Morphology and life history of Herpetomonas culicis, Novy, MacNeal and Torrey - Number 57
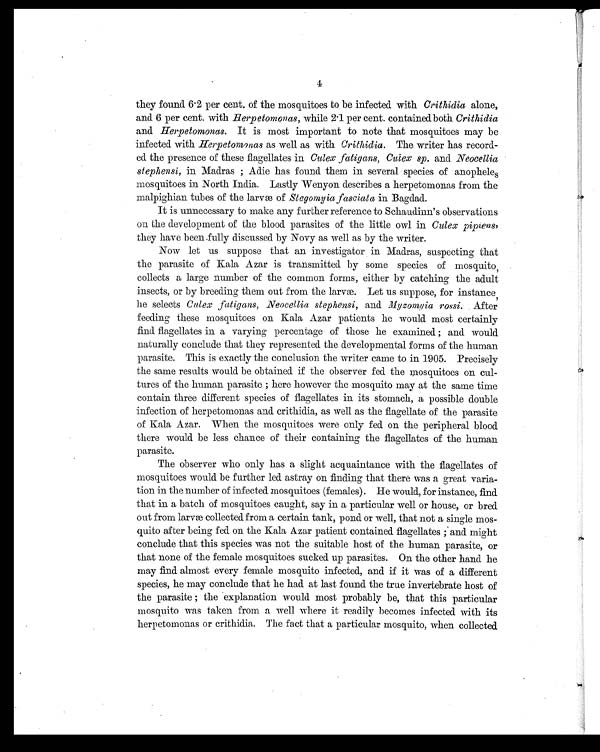
4
they found 6.2 per cent, of the mosquitoes to be infected with Crithidia alone,
and. 6 per cent. with Herpetomonas, while 2.1 per cent. contained both Crithidia
and Herpetomonas. It is most important to note that mosquitoes may be
infected with Herpetomonas as well as with Crithidia. The writer has record.-
ed the presence of these flagellates in Culex fatigans, Cuiex sp. and Neocellia
stephensi, in Madras ; Adie has found them in several species of anophele s
mosquitoes in North India. Lastly Wenyon describes a herpetomonas from the
malpighian tubes of the larvæ of Stegomyia fasciata in Bagdad.
It is unnecessary to make any further reference to Schaudinn's observations
on the development of the blood. parasites of the little owl in Culex pipiens,
they have been fully discussed by Novy as well as by the writer.
Now let us suppose that an investigator in Madras, suspecting that
the parasite of Kala Azar is transmitted by some species of mosquito,
collects a large number of the common forms, either by catching the adult
insects, or by breeding them out from the larvæ. Let us suppose, for instance,
he selects Culex fatigans, Neocellia stephensi, and Myzomyia rossi. After
feeding these mosquitoes on Kala Azar patients he would most certainly
find flagellates in a varying percentage of those he examined ; and. would
naturally conclude that they represented the developmental forms of the human
parasite. This is exactly the conclusion the writer came to in 1905. Precisely
the same results would be obtained if the observer fed the mosquitoes on cul-
tures of the human parasite ; here however the mosquito may at the same time
contain three different species of flagellates in its stomach, a possible double
infection of herpetomonas and. crithidia, as well as the flagellate of the parasite
of Kala Azar. When the mosquitoes were only fed on the peripheral blood
there would be less chance of their containing the flagellates of the human
parasite.
The observer who only has a slight acquaintance with the flagellates of
mosquitoes would. be further led. astray on finding that there was a great varia-
tion in the number of infected mosquitoes (females). He would, for instance, find
that in a batch of mosquitoes caught, say in a particular well or house, or bred.
out from larvæ collected. from a certain tank, pond. or well, that not a single mos-
quito after being fed. on the Kala Azar patient contained flagellates ; and might
conclude that this species was not the suitable host of the human parasite, or
that none of the female mosquitoes sucked up parasites. On the other hand. he
may find almost every female mosquito infected, and if it was of a different
species, he may conclude that he had at last found the true invertebrate host of
the parasite ; the explanation would. most probably be, that this particular
mosquito was taken from a well where it readily becomes infected with its
herpetomonas or crithidia. The fact that a particular mosquito, when collected